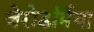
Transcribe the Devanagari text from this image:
जेरोडर्मिया